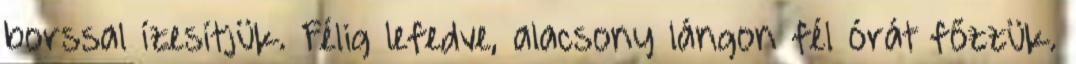
borssal ízesítjük. Félig lefedve, alacsony lángon fél órát főzzük.